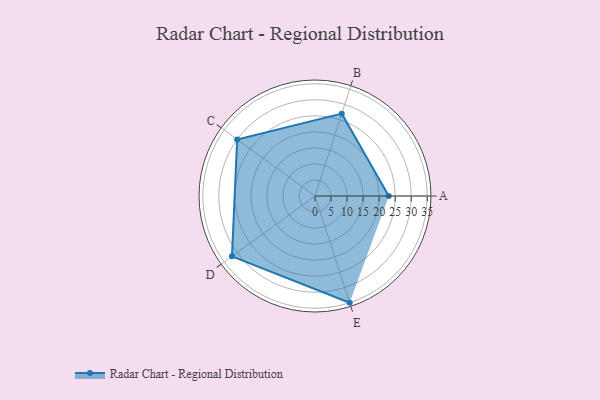
{"axis": {"x": "Skill", "y": "Score"}, "legend": ["Profile"], "data": [{"x": "A", "y": 23.0, "type": "Profile"}, {"x": "B", "y": 27.0, "type": "Profile"}, {"x": "C", "y": 30.0, "type": "Profile"}, {"x": "D", "y": 32.0, "type": "Profile"}, {"x": "E", "y": 35.0, "type": "Profile"}]}